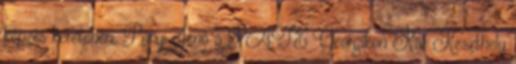
képzés keretében. Ponyi Jenő a PATE Georgikon Kar Keszthely